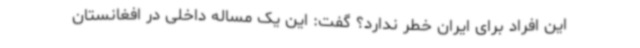
این افراد برای ایران خطر ندارد؟ گفت: این یک مساله داخلی در افغانستان